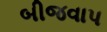
બીજવાપ